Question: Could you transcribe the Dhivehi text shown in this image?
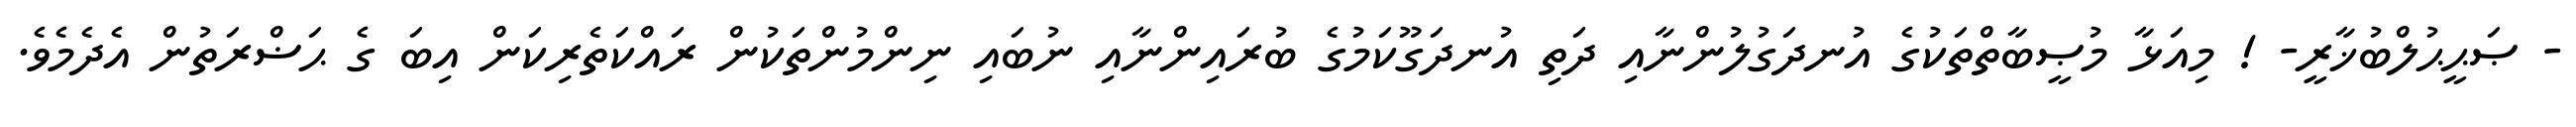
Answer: - ޞަޙީޙުލްބުޚާރީ- ! މިއަޅާ މުޞީބާތްތަކުގެ އުނދަގުލުންނާއި ދަތި އުނދަގޫކަމުގެ ބުރައިންނާއި ނުބައި ނިންމުންތަކުން ރައްކަތެރިކަން އިބަ ގެ ޙަޟްރަތުން އެދެމެވެ.